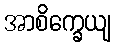
အာစိက္ခေယျ